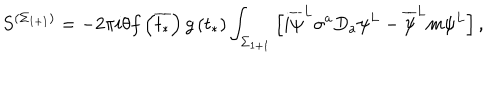
S ^ { \left( \Sigma _ { 1 + 1 } \right) } = - 2 \pi i \theta f \left( \overline { { { t _ { * } } } } \right) g \left( t _ { * } \right) \int _ { \Sigma _ { 1 + 1 } } \left[ i \overline { { { \psi } } } ^ { L } \sigma ^ { a } D _ { a } \psi ^ { L } - \overline { { { \psi } } } ^ { L } m \psi ^ { L } \right] ,